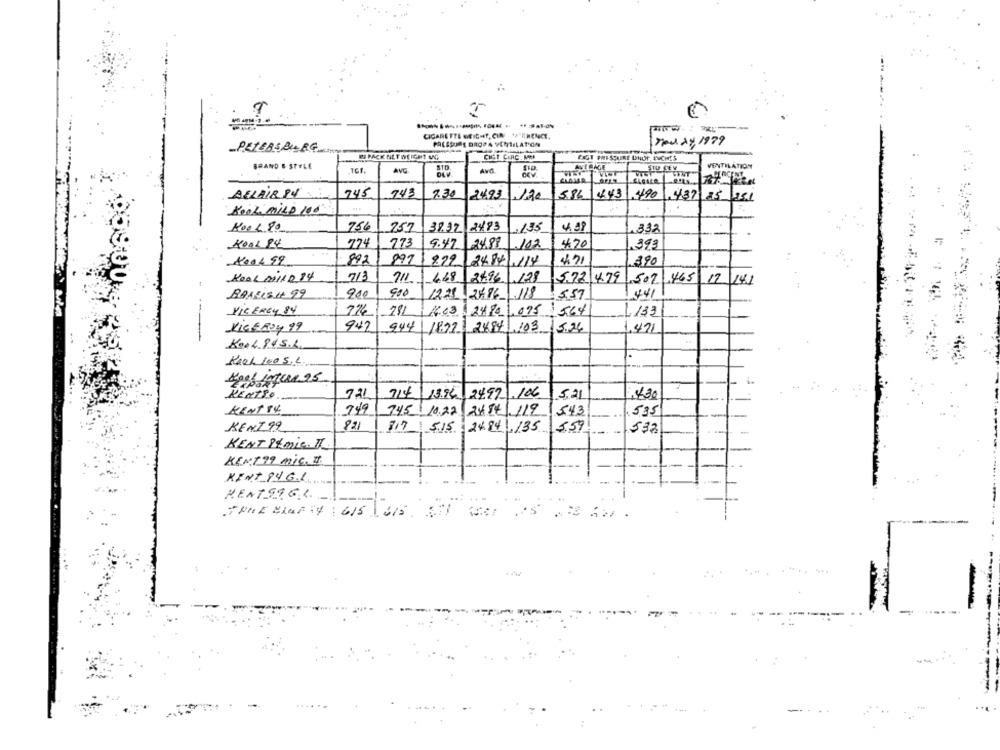
CIGARETTE WEIGHT, CIN "A"THENICE.
nou ry 1979
PETERSBURG
CICT CIRC. MM
FIGT PRESQUIRE DHOP, INCHES
BRAND & STYLE
AVERAGE
VENTILATION
BELAIR 84
745
7.34
2493
584
443
1490
437 as
KOOL MILD 100
756
2893
.135
4.08
Kool 80
757
39.37
,332
KOOL 84
774
773
9.47
24.88
102
4.70
.393
400499
892
891 1 822
2484/114
4 71
390
KOOL Mill 2 84
713
71
468
2496 ,128
5.72 4.79
.502 ,465 12 14.1
900
BAALLAH 99
900
12.21 2686 118
5.57
441
VICEREY 84
7741
4.63 2490 ,075
$564
133
VICEROY 99
947
944 1872 2484 103 526
1.471
Kool845.L.
Kach 100 S.L.
KENTTO
721
714/ 13.94 2497 ,106
5.21
430
KENT 14
749
74.5 10.22 2484| 119
5.43
535
KENT99
821
817 515
24.84 , 135
5,59
532
KENT 94 mic. IL
KENT99 mic. I.
KINT 94 GL
KENT99GL
TOME BLUF 14 : 615.